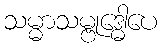
သမ္မာသမ္ဗုဒ္ဓေါပေ